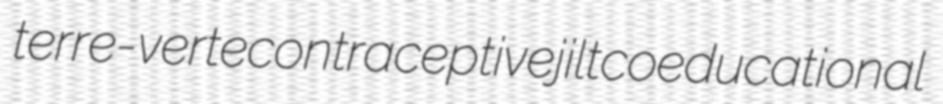
terre-verte contraceptive jilt coeducational